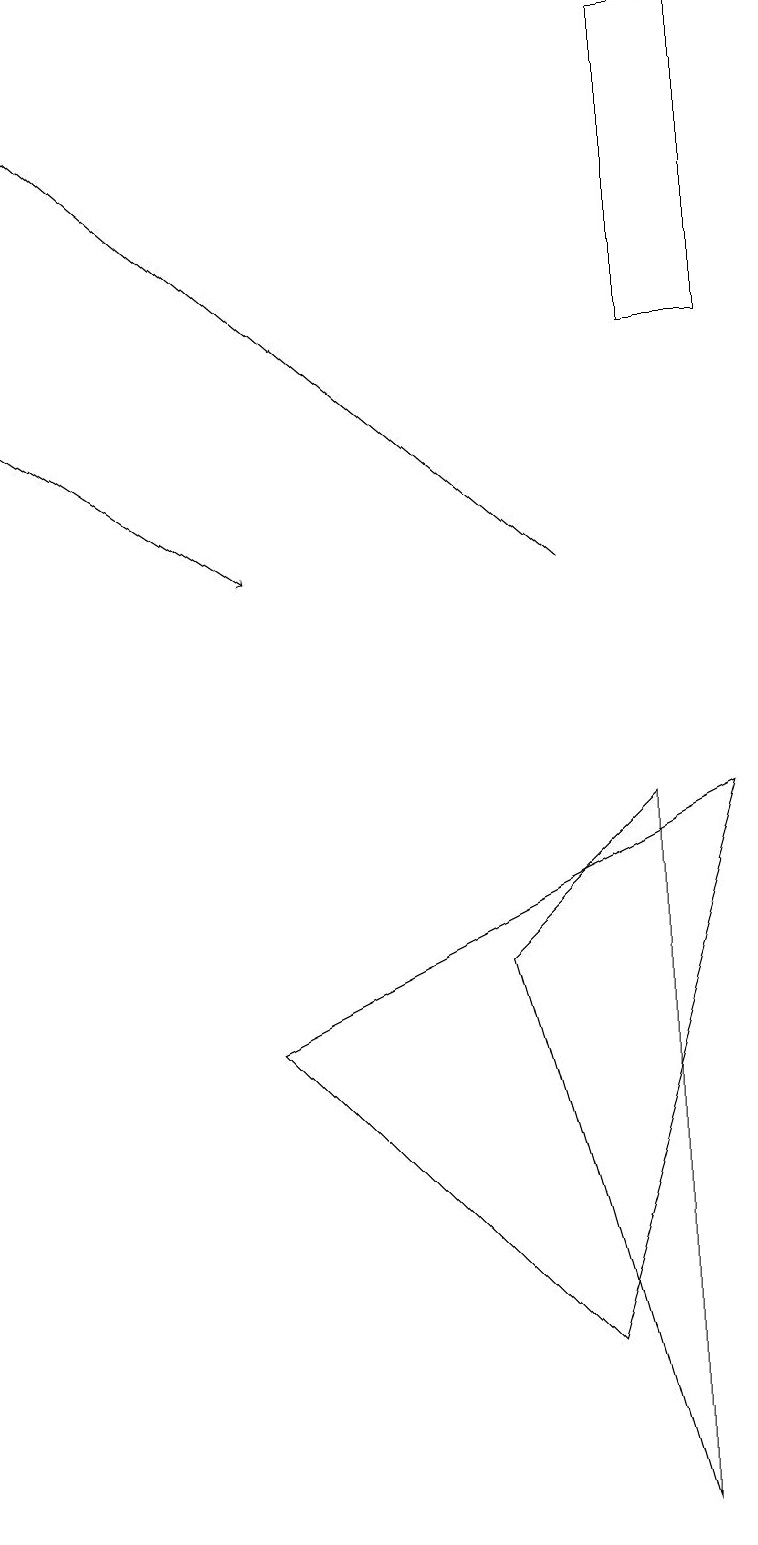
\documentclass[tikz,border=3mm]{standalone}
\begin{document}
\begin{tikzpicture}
\draw[->] (7,12) -- (0,18);
\draw (8,19) rectangle (9,15);
\draw[->] (0,14) -- (3,12);
\draw (8,0) -- (6,7) -- (8,9) -- cycle;
\draw (9,9) -- (3,6) -- (7,2) -- cycle;
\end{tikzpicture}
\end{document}